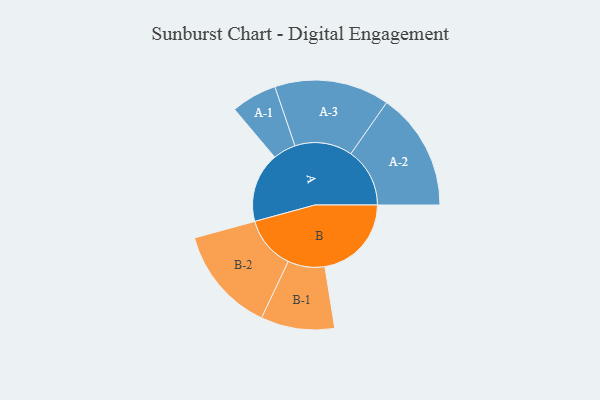
{"axis": {"x": "Segment", "y": "Value"}, "legend": ["", "A", "B"], "data": [{"x": "A", "y": 348, "type": ""}, {"x": "B", "y": 432, "type": ""}, {"x": "A-1", "y": 114, "type": "A"}, {"x": "A-2", "y": 294, "type": "A"}, {"x": "A-3", "y": 287, "type": "A"}, {"x": "B-1", "y": 184, "type": "B"}, {"x": "B-2", "y": 264, "type": "B"}]}